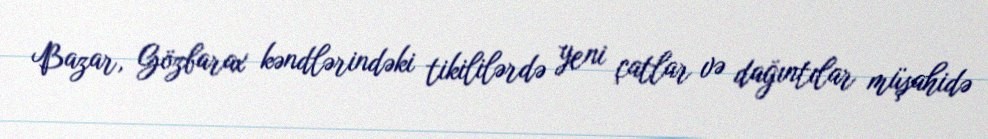
Bazar, Gözbarax kəndlərindəki tikililərdə yeni çatlar və dağıntılar müşahidə